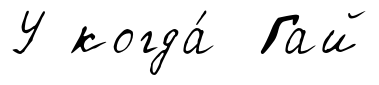
У когда́ Гай